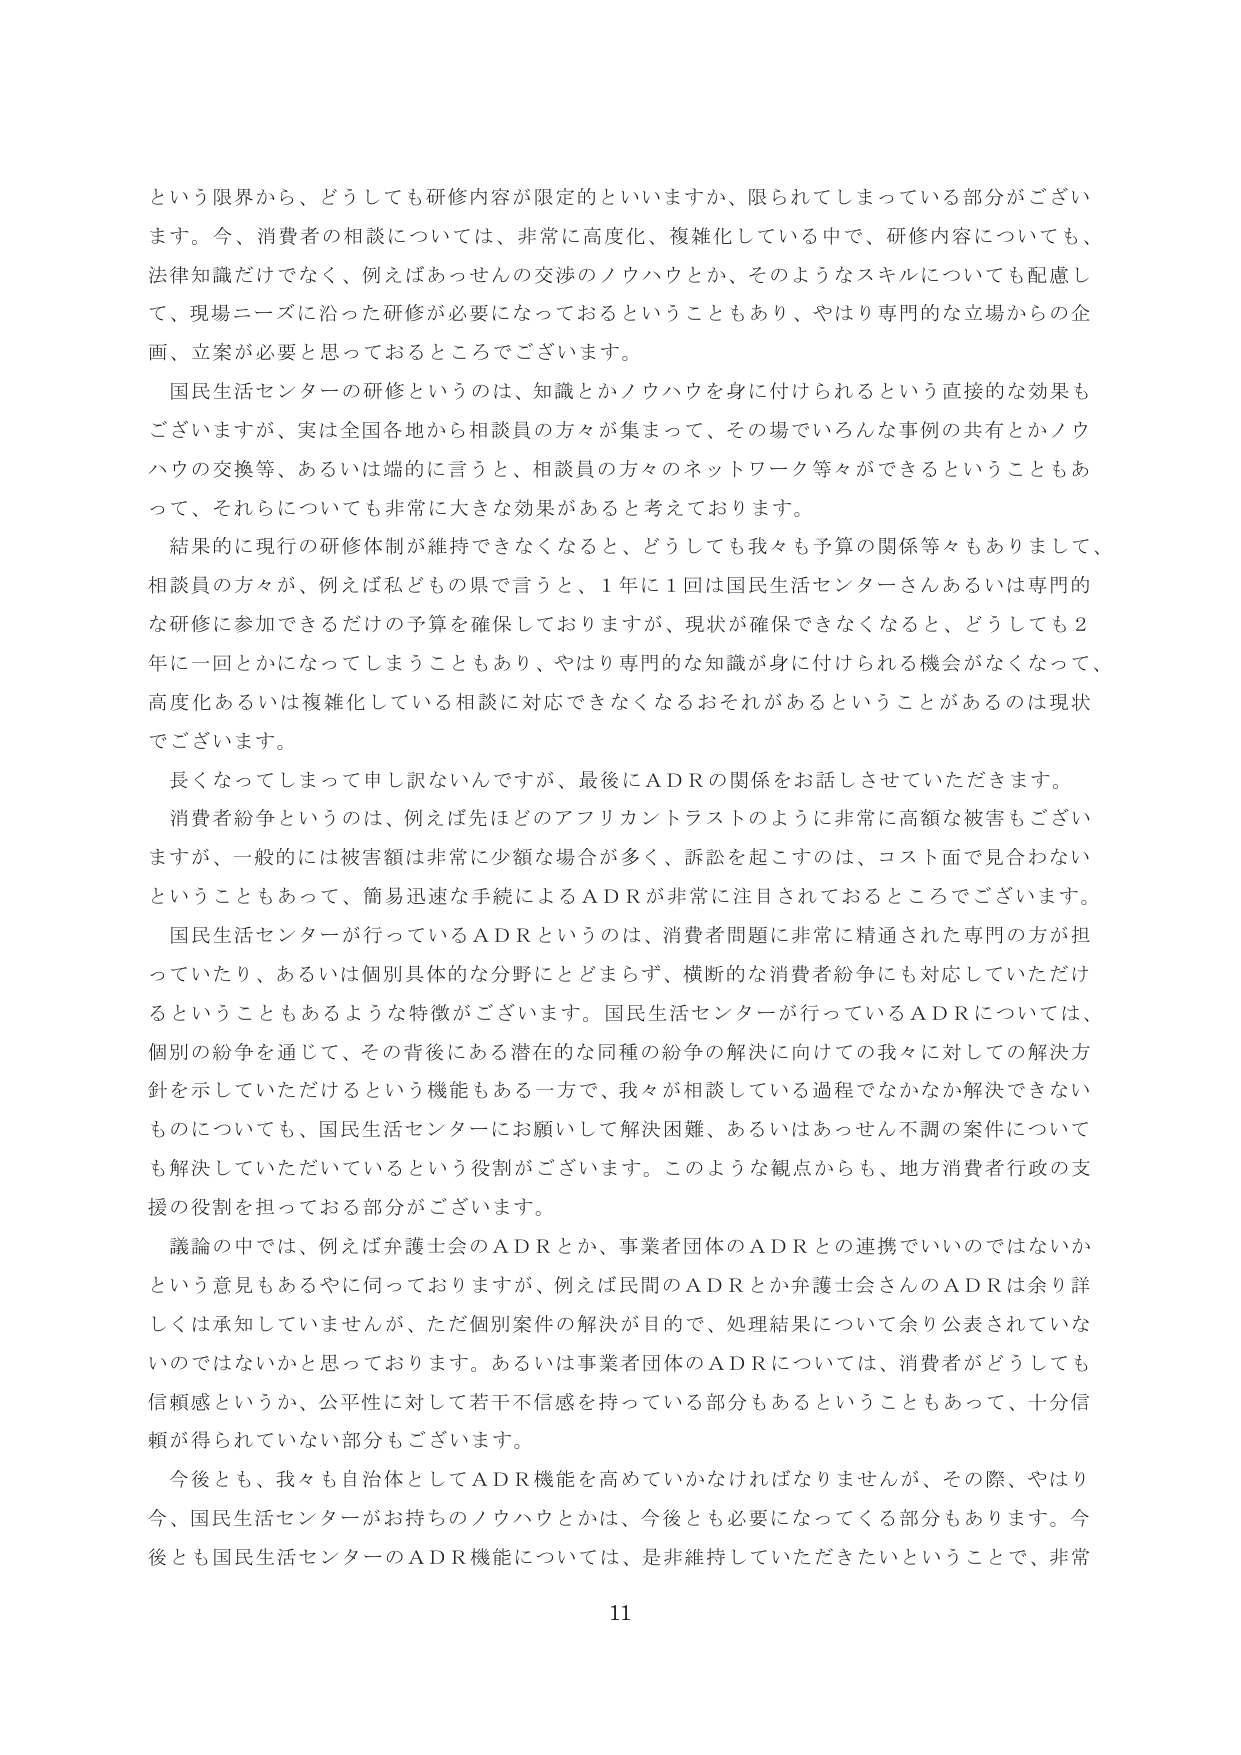
という限界から、どうしても研修内容が限定的といいますか、限られてしまっている部分がございます。今、消費者の相談については、非常に高度化、複雑化している中で、研修内容についても、法律知識だけでなく、例えばあっせんの交渉のノウハウとか、そのようなスキルについても配慮して、現場ニーズに沿った研修が必要になっておるということもあり、やはり専門的な立場からの企画、立案が必要と思っておるところでございます。

国民生活センターの研修というのは、知識とかノウハウを身に付けられるという直接的な効果もございますが、実は全国各地から相談員の方々が集まって、その場でいろんな事例の共有とかノウハウの交換等、あるいは端的に言うと、相談員の方々のネットワーク等々ができるということもあって、それらについても非常に大きな効果があると考えております。

結果的に現行の研修体制が維持できなくなると、どうしても我々も予算の関係等々もありまして、相談員の方々が、例えば私どもの県で言うと、1年に1回は国民生活センターさんあるいは専門的な研修に参加できるだけの予算を確保しておりますが、現状が確保できなくなると、どうしても2年に一回とかになってしまうこともあり、やはり専門的な知識が身に付けられる機会がなくなって、高度化あるいは複雑化している相談に対応できなくなるおそれがあるということがあるのは現状でございます。

長くなってしまって申し訳ないんですが、最後にADRの関係をお話しさせていただきます。

消費者紛争というのは、例えば先ほどのアフリカントラストのように非常に高額な被害もございますが、一般的には被害額は非常に少額な場合が多く、訴訟を起こすのは、コスト面で見合わないということもあって、簡易迅速な手続によるADRが非常に注目されておるところでございます。

国民生活センターが行っているADRというのは、消費者問題に非常に精通された専門の方が担っていたり、あるいは個別具体的な分野にとどまらず、横断的な消費者紛争にも対応していただけ るということもあるような特徴がございます。国民生活センターが行っているADRについては、個別の紛争を通じて、その背後にある潜在的な同種の紛争の解決に向けての我々に対しての解決方針を示していただけるという機能もある一方で、我々が相談している過程でなかなか解決できないものについても、国民生活センターにお願いして解決困難、あるいはあっせん不調の案件についても解決していただいているという役割がございます。このような観点からも、地方消費者行政の支援の役割を担っておる部分がございます。

議論の中では、例えば弁護士会のADRとか、事業者団体のADRとの連携でいいのではないかという意見もあるやに伺っておりますが、例えば民間のADRとか弁護士会さんのADRは余り詳しくは承知していませんが、ただ個別案件の解決が目的で、処理結果について余り公表されていないのではないかと思っております。あるいは事業者団体のADRについては、消費者がどうしても信頼感というか、公平性に対して若干不信感を持っている部分もあるということもあって、十分信頼が得られていない部分もございます。

今後とも、我々も自治体としてADR機能を高めていかなければなりませんが、その際、やはり今、国民生活センターがお持ちのノウハウとかは、今後とも必要になってくる部分もあります。今後とも国民生活センターのADR機能については、是非維持していただきたいということで、非常

11